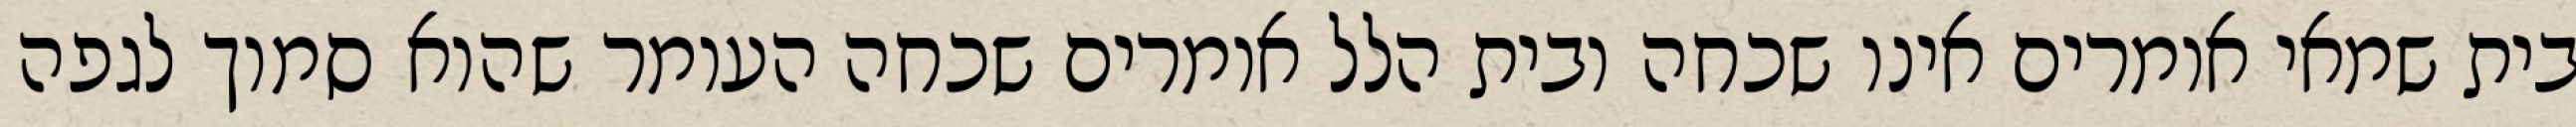
בית שמאי אומרים אינו שכחה ובית הלל אומרים שכחה העומר שהוא סמוך לגפה